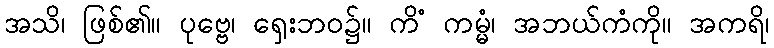
အသိ၊ ဖြစ်၏။ ပုဗ္ဗေ၊ ရှေးဘဝ၌။ ကိံ ကမ္မံ၊ အဘယ်ကံကို။ အကရိ၊